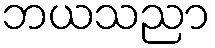
ဘယသညာ